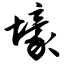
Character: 壕